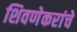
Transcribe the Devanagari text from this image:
शिवणेकरांचे